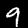
Digit: 9